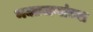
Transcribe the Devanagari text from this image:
भक्तजणांच्या